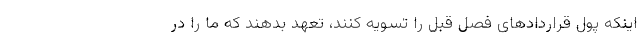
اینکه پول قراردادهای فصل قبل را تسویه کنند، تعهد بدهند که ما را در